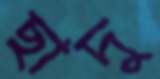
ছাদু